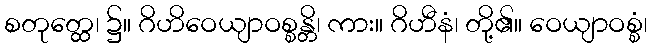
စတုတ္ထေ၊ ၌။ ဂိဟိဝေယျာဝစ္စန္တိ၊ ကား။ ဂိဟီနံ၊ တို့၏။ ဝေယျာဝစ္စံ၊